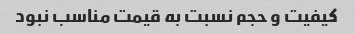
کیفیت و حجم نسبت به قیمت مناسب نبود